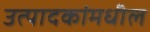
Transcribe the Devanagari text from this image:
उत्पादकांमधील